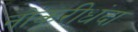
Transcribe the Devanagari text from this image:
नोकरीधंदा